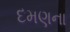
દમણના